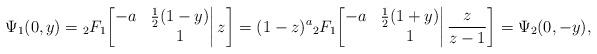
LaTeX: \begin{align*}\Psi_1(0,y)={}_2F_1\bigg[\begin{matrix}-a&\frac12(1-y)\\&1\end{matrix}\bigg|\,z\bigg]=(1-z)^a{}_2F_1\bigg[\begin{matrix}-a&\frac12(1+y)\\&1\end{matrix}\bigg|\,\frac z{z-1}\bigg]=\Psi_2(0,-y),\end{align*}